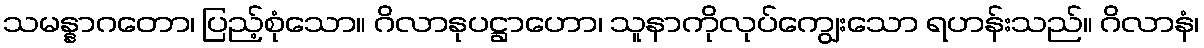
သမန္နာဂတော၊ ပြည့်စုံသော။ ဂိလာနုပဋ္ဌာဟော၊ သူနာကိုလုပ်ကျွေးသော ရဟန်းသည်။ ဂိလာနံ၊